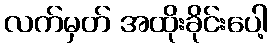
လက်မှတ် အထိုးခိုင်းပေါ့